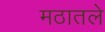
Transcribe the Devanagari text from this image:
मठातले